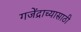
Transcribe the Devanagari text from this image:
गजेंद्राच्यासाठी